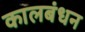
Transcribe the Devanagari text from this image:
कालबंधन